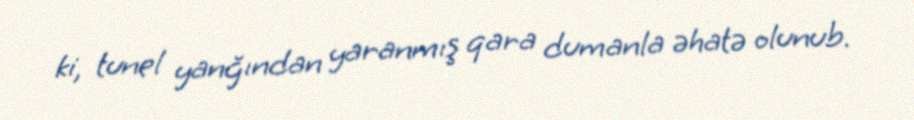
ki, tunel yanğından yaranmış qara dumanla əhatə olunub.